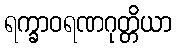
ရက္ခာဝရဏဂုတ္တိယာ